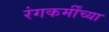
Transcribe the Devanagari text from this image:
रंगकर्मींच्या